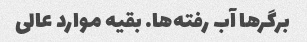
برگرها آب رفته‌ها. بقیه موارد عالی